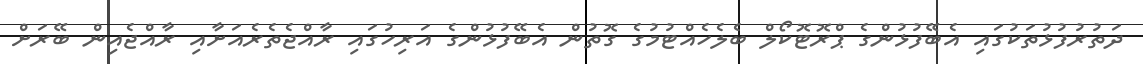
ދަތުރުފުޅުތަކުގައި އެބޭފުޅުންގެ ޕްރޮޓޮކޯލް ބެލެހެއްޓުމުގެ ގޮތުން އެބޭފުޅުންގެ އަރިހުގައި ރާއްޖެތެރެއަށާއި ރާއްޖެއިން ބޭރަށް